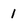
Character: 1